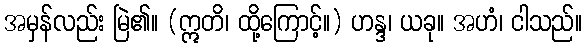
အမှန်လည်း မြဲ၏။ (ဣတိ၊ ထို့ကြောင့်။) ဟန္ဒ၊ ယခု။ အဟံ၊ ငါသည်။